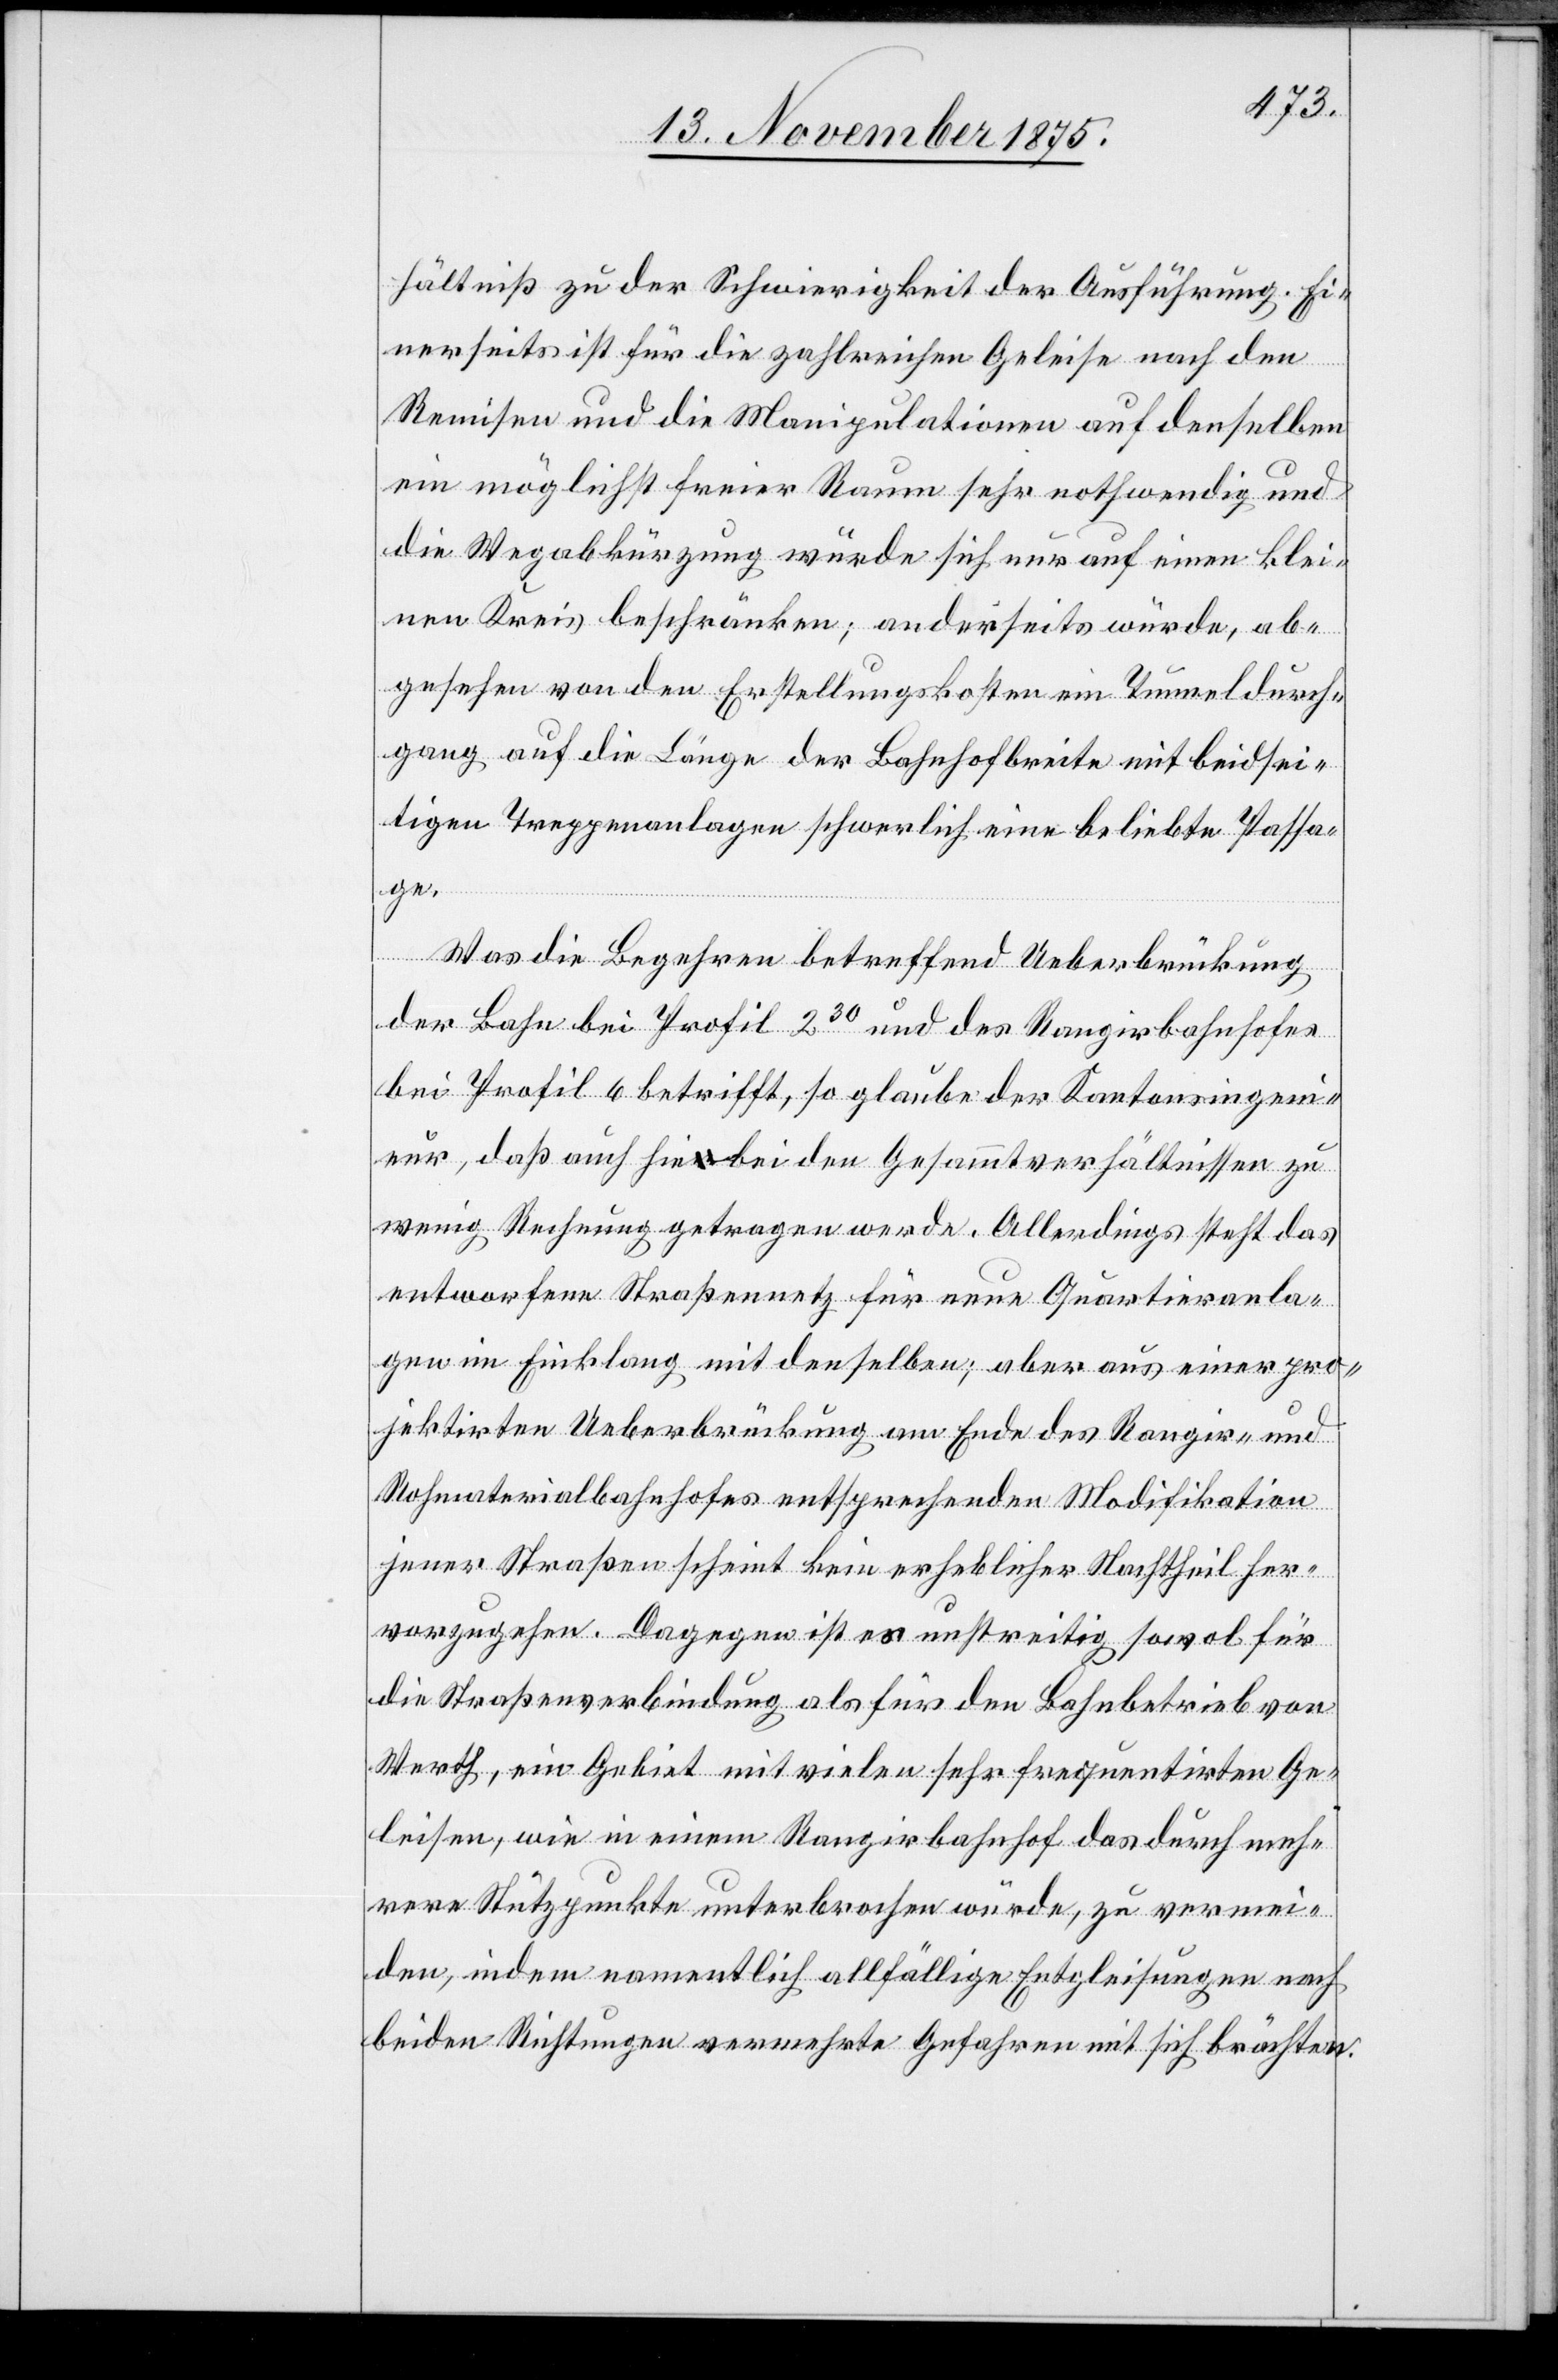
hältniß zu der Schwierigkeit der Ausführung. Ei¬
nerseits ist für die Manipulationen auf denselben ein
die Wegabkürzung würde sich nur auf einen klei¬
nen Kreis beschränken; anderseits würde, ab¬
gesehen von den Erstellungskosten ein Tunneldurch¬
gang auf die Länge der Bahnhofbreite mit beidsei¬
tigen Treppenanlagen schwerlich eine beliebte Passa¬
ge.
Was die Begehren betreffend Ueberbrückung
der Bahn bei Profil 230 und des Rangirbahnhofes
bei Profil 6 betrifft, so glaube der Kantonsingeni¬
eur, daß auch hiebei den Gesammtverhältnisse zu
wenig Rechnung getragen werde. Allerdings steht das
entworfene Straßennetz für neue Quartieranla¬
gen im Einklang mit denselben; aber aus einer pro¬
jektirten Ueberbrückung am Ende des Rangir- und
Rohmaterialbahnhofes entsprechenden Modifikation
jener Straßen scheint kein erheblicher Nachtheil her¬
vorzugehen. Dagegen ist es unstreitig sowol für
die Straßenverbindung als für den Bahnbetrieb von
Werth, ein Gebiet mit vielen sehr frequentirten Ge¬
leisen, wie in einem Rangirbahnhof das durch meh¬
rere Stützpunkte unterbrochen würde, zu vermei¬
den, indem namentlich allfällige Entgleisungen nach
beiden Richtungen vermehrte Gefahren mit sich brächten.